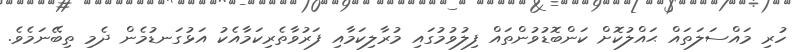
ހުރި މައްސަލަތައް ޙައްލުކޮށް ކަންބޮޑުވުންތައް ފިލުވުމުގައި މުރާލިކަމާއި ފަރުވާތެރިކަމާއެކު އަޅުގަނޑުމެން ދެމި ތިބޭނަމެވެ.